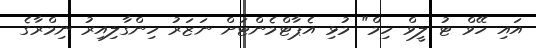
އައި ހޭވް ޓު ލީވް ހިމް" މުޅި އެޕާޓްމެންޓަށް ނަޒަރު ހިންގާލިއިރު ނިމްރާގެ